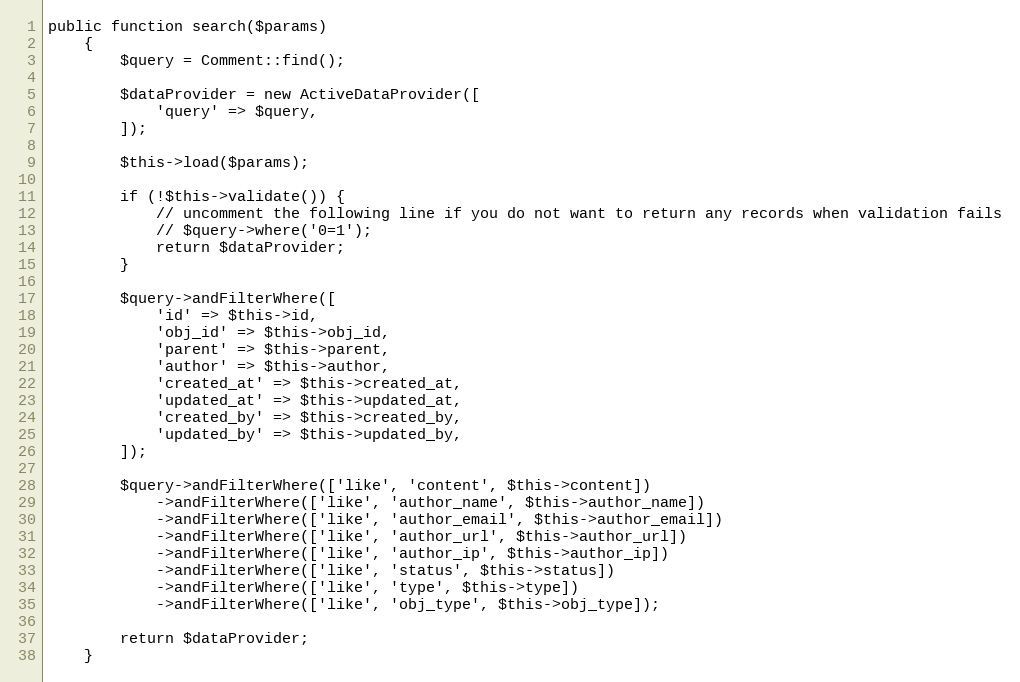
Language: PHP
public function search($params)
    {
        $query = Comment::find();

        $dataProvider = new ActiveDataProvider([
            'query' => $query,
        ]);

        $this->load($params);

        if (!$this->validate()) {
            // uncomment the following line if you do not want to return any records when validation fails
            // $query->where('0=1');
            return $dataProvider;
        }

        $query->andFilterWhere([
            'id' => $this->id,
            'obj_id' => $this->obj_id,
            'parent' => $this->parent,
            'author' => $this->author,
            'created_at' => $this->created_at,
            'updated_at' => $this->updated_at,
            'created_by' => $this->created_by,
            'updated_by' => $this->updated_by,
        ]);

        $query->andFilterWhere(['like', 'content', $this->content])
            ->andFilterWhere(['like', 'author_name', $this->author_name])
            ->andFilterWhere(['like', 'author_email', $this->author_email])
            ->andFilterWhere(['like', 'author_url', $this->author_url])
            ->andFilterWhere(['like', 'author_ip', $this->author_ip])
            ->andFilterWhere(['like', 'status', $this->status])
            ->andFilterWhere(['like', 'type', $this->type])
            ->andFilterWhere(['like', 'obj_type', $this->obj_type]);

        return $dataProvider;
    }